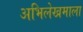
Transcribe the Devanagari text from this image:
अभिलेखमाला